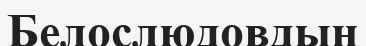
Белослюдовдың